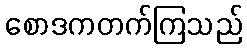
စောဒကတက်ကြသည်